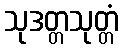
သုဒတ္တသုတ္တံ